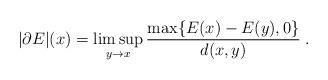
LaTeX: \begin{align*} |\partial E| (x) = \limsup_{y\to x}\frac{\max\{E(x)-E(y),0\}}{d(x,y)}\;.\end{align*}